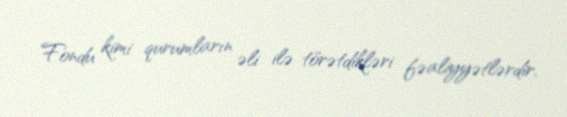
Fondu kimi qurumların əli ilə törətdikləri fəaliyyətlərdir.